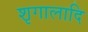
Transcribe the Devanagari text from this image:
शृगालादि